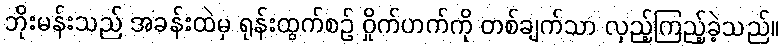
ဘိုးမန်းသည် အခန်းထဲမှ ရုန်းထွက်စဉ် ဝှိုက်ဟက်ကို တစ်ချက်သာ လှည့်ကြည့်ခဲ့သည်။